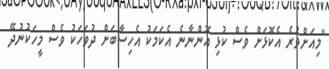
"މިއަށްވުރެ އެކޮޅަށް ވެސް ކުޅި އޮންނާނެ އެކަމަކު އެހިސާބަށް ދުވަހަކު ވެސް މީހަކުނުދޭ